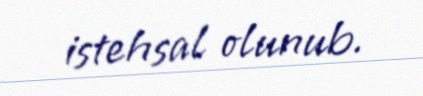
istehsal olunub.